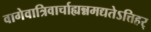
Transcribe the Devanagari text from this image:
वागेवात्रिवार्चाह्यन्नमद्यतेऽत्तिहर्